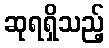
ဆုရရှိသည့်